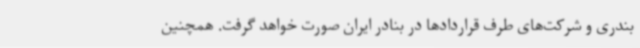
بندری و شرکت‌های طرف قراردادها در بنادر ایران صورت خواهد گرفت. همچنین